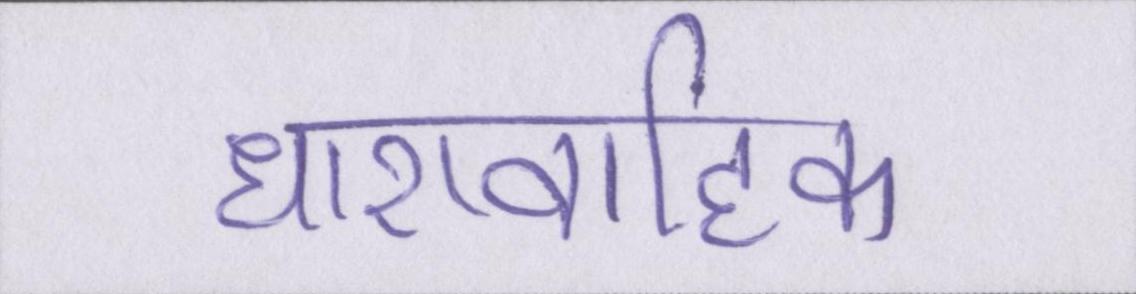
धारावाहिक